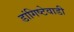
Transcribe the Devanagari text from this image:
डांगिष्टेवाडी